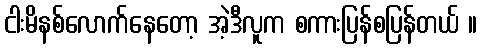
ငါးမိနစ်လောက်နေတော့ အဲ့ဒီလူက စကားပြန်စပြန်တယ် ။